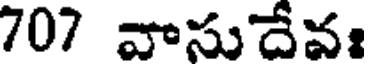
707 వాసుదేవః